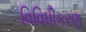
વિવિધીકરણ